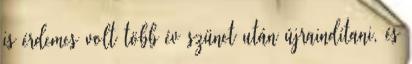
is érdemes volt több év szünet után újraindítani, és